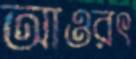
আওরৎ